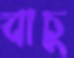
বাচু